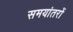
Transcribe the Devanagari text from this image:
समयांतरों